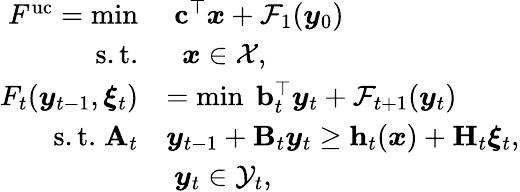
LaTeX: \begin{array}{rl}{F^{\mathrm{{uc}}}=\operatorname*{min}}&{\; {\mathbf c}^{\top}{\boldsymbol x}+\mathcal{F}_{1}({\boldsymbol y}_{0})}\\ {\mathrm{s.t.}}&{\; \; {\boldsymbol x}\in\mathcal{X},}\\ {F_{t}({\boldsymbol y}_{t-1},{\boldsymbol\xi}_{t})}&{=\operatorname*{min}\; {\mathbf b}_{t}^{\top}{\boldsymbol y}_{t}+\mathcal{F}_{t+1}({\boldsymbol y}_{t})}\\ {\mathrm{s.t.}\; {\mathbf A}_{t}}&{{\boldsymbol y}_{t-1}+{\mathbf B}_{t}{\boldsymbol y}_{t}\geq{\mathbf h}_{t}({\boldsymbol x})+{\mathbf H}_{t}{\boldsymbol\xi}_{t},}\\ &{\; {\boldsymbol y}_{t}\in\mathcal{Y}_{t},}\end{array}